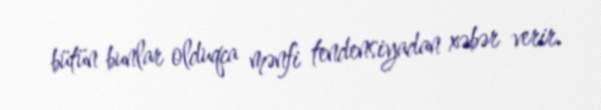
bütün bunlar olduqca mənfi tendensiyadan xəbər verir.